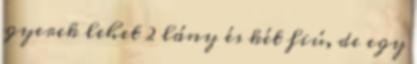
gyerek lehet 2 lány és két fiú, de egy